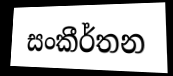
සංකීර්තන